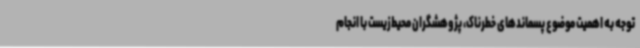
توجه به اهمیت موضوع پسماندهای خطرناک، پژوهشگران محیط‌زیست با انجام